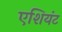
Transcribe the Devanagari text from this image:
एशियंट